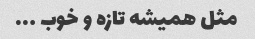
مثل همیشه تازه و خوب …..